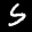
Label: 5